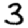
Digit: 3